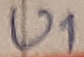
Text: U1